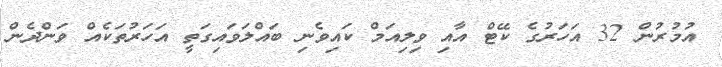
އުމުރުން 32 އަހަރުގެ ކޭޓް އާއި ވިލިއަމް ކައިވެނި ބައްލަވައިގަތީ އަހަރުތަކެއް ވަންދެން